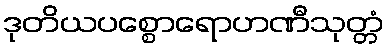
ဒုတိယပစ္စောရောဟဏီသုတ္တံ